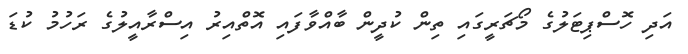
އަދި ހޮސްޕިޓަލުގެ މޯޗަރީގައި ތިން ކުދީން ބާއްވާފައި އޮތްއިރު އިސްރާއީލުގެ ރަހުމު ކުޑަ